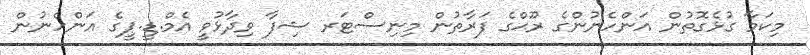
މިކަމާ ގުޅެގޮތުން އަންހެނުންގެ ރޫޙްގެ ފަރާތުން މިނިސްޓަރ ޝިފާ ވިދާޅުވީ އެމް.ޑީ.ޕީގެ އަންހެނުން